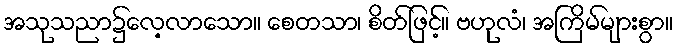
အသုသညာ၌လေ့လာသော။ စေတသာ၊ စိတ်ဖြင့်။ ဗဟုလံ၊ အကြိမ်များစွာ။